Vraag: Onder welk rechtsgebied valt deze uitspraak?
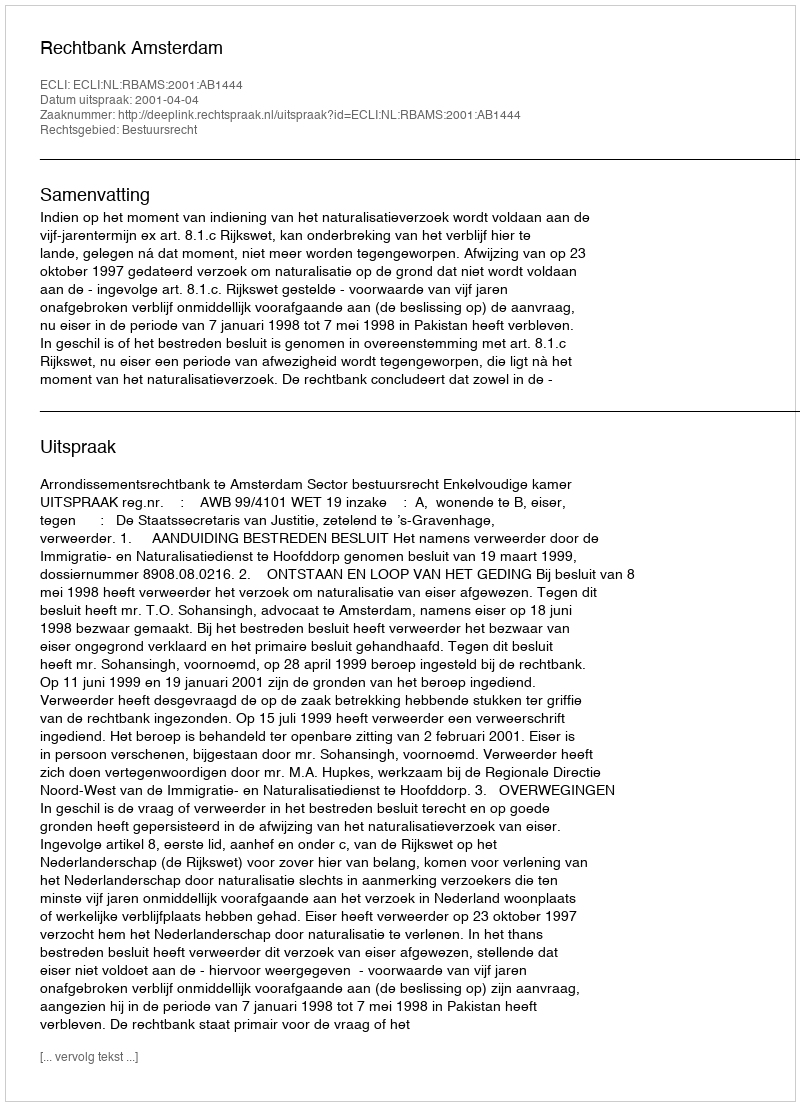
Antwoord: Bestuursrecht